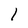
Character: 1